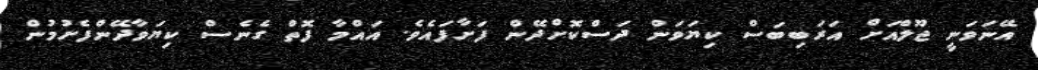
އޭނަވަނީ ޖޫލްއަށް އަރަބިބަސް ކިޔަވަން ދަސްކޮށްދޭން ފަށާފައެވެ. އައްމާ ފޮތް ގެނެސް ކިޔަވާދޭންފެށުމުން